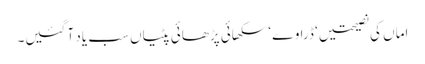
اماں کی نصیحتیں ‘ ڈراوے ‘ سکھائی پڑھائی پٹیاں سب یاد آ گئیں۔